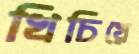
খিচিয়ে